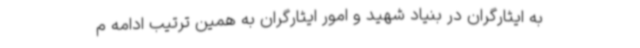
به ایثارگران در بنیاد شهید و امور ایثارگران به همین ترتیب ادامه م